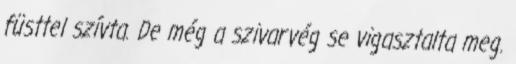
füsttel szívta. De még a szivarvég se vigasztalta meg.